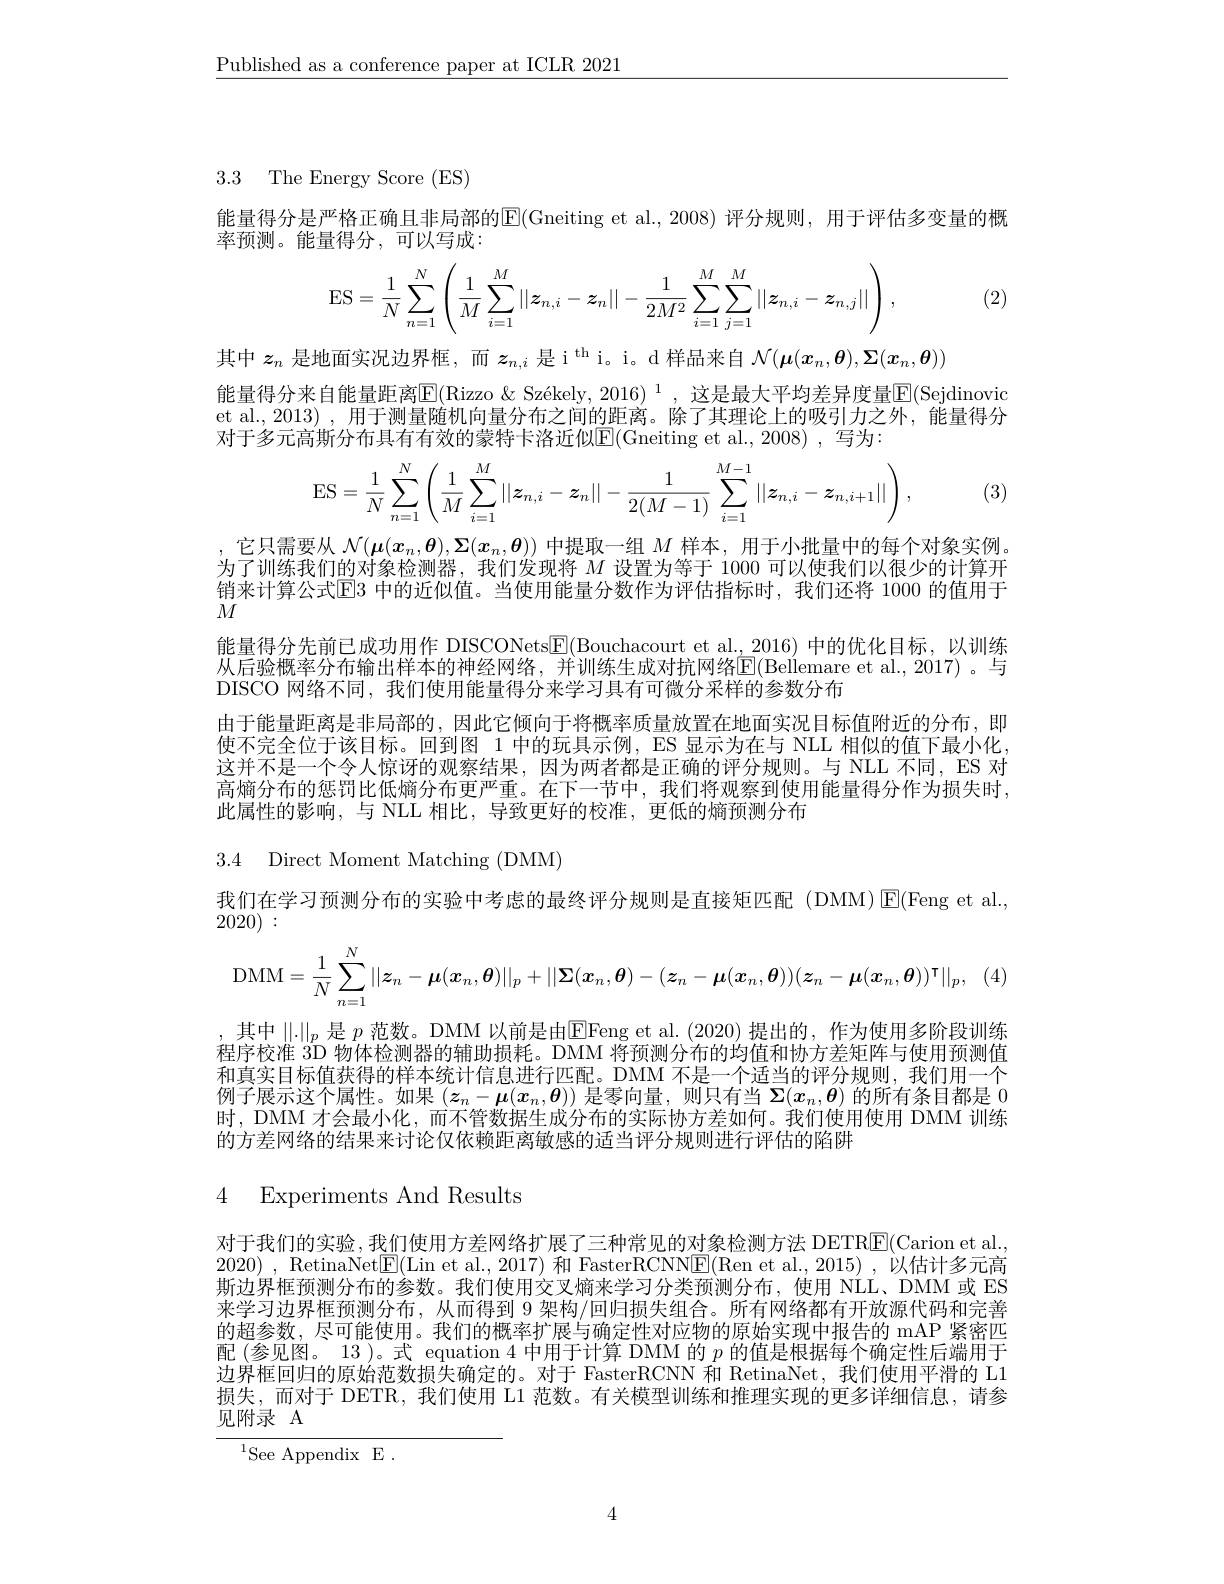
$\underline{\text{Published as a conference paper at ICLR 2021}}$

3.3 The Energy Score (ES)

能量得分是严格正确且非局部的$\mathbb{E}($Gneiting et al.,2008)评分规则，用于评估多变量的概
率预测。能量得分，可以写成：
$$\mathrm{ES}=\dfrac{1}{N}\sum\limits_{n=1}^N\left(\dfrac{1}{M}\sum\limits_{i=1}^M||\boldsymbol{z}_{n,i}-\boldsymbol{z}_n||-\dfrac{1}{2M^2}\sum\limits_{i=1}^M\sum\limits_{j=1}^M||\boldsymbol{z}_{n,i}-\boldsymbol{z}_{n,j}||\right),$$
(2)

其中$z_n$是地面实况边界框，而$z_{n,i}$是 i$^\mathrm{th}$ i。i。d 样品来自$\mathcal{N}(\boldsymbol{\mu}(x_n,\boldsymbol{\theta}),\boldsymbol{\Sigma}(x_n,\boldsymbol{\theta}))$
能量得分来自能量距离$\overline{\mathrm{E}}($Rizzo &Székely, 2016) $^1$, 这是最大平均差异度量$\overline{\mathrm{E}}($Sejdinovic et al., 2013) , 用于测量随机向量分布之间的距离。除了其理论上的吸引力之外，能量得分对于多元高斯分布具有有效的蒙特卡洛近似$\boxed{\mathrm{E}}($Gneiting et al.,2008) ,写为：

1, (3)
$$\mathrm E\mathrm S=\dfrac{1}{N}\sum\limits_{n=1}^N\left(\dfrac{1}{M}\sum\limits_{i=1}^M||z_{n,i}-z_n||-\dfrac{1}{2(M-1)}\sum\limits_{i=1}^{M-1}||z_{n,i}-z_{n,i+1}||\right),$$
销来计算公式$\overline{\mathrm{E}}$3 中的近似值。当使用能量分数作为评估指标时，我们还将 1000 的值用于
$M$

,它只需要从$\mathcal{N}(\boldsymbol{\mu}(x_n,\boldsymbol{\theta}),\boldsymbol{\Sigma}(x_n,\boldsymbol{\theta}))$中提取一组$M$样本，用于小批量中的每个对象实例。为了训练我们的对象检测器，我们发现将$M$设置为等于 1000 可以使我们以很少的计算开能量得分先前已成功用作 DISCONets$\underline{\mathrm{E}}($Bouchacourt et al.,2016)中的优化目标，以训练从后验概率分布输出样本的神经网络，并训练生成对抗网络$\boxed{\mathrm{E}}($Bellemare et al.,2017)。与DISCO 网络不同，我们使用能量得分来学习具有可微分采样的参数分布
由于能量距离是非局部的，因此它倾向于将概率质量放置在地面实况目标值附近的分布，即使不完全位于该目标。回到图 1 中的玩具示例，ES 显示为在与 NLL 相似的值下最小化， 这并不是一个令人惊讶的观察结果，因为两者都是正确的评分规则。与 NLL 不同，ES 对高熵分布的惩罚比低熵分布更严重。在下一节中，我们将观察到使用能量得分作为损失时， 此属性的影响，与 NLL 相比，导致更好的校准，更低的熵预测分布

3.4 Direct Moment Matching (DMM)

我们在学习预测分布的实验中考虑的最终评分规则是直接矩匹配(DMM)$\operatorname{E}(\operatorname{Feng}\operatorname{et}\operatorname{al}.$,
2020):
$$\mathrm{DMM}=\frac{1}{N}\sum_{n=1}^{N}||z_{n}-\boldsymbol{\mu}(\boldsymbol{x}_{n},\boldsymbol{\theta})||_{p}+||\boldsymbol{\Sigma}(\boldsymbol{x}_{n},\boldsymbol{\theta})-(\boldsymbol{z}_{n}-\boldsymbol{\mu}(\boldsymbol{x}_{n},\boldsymbol{\theta}))(\boldsymbol{z}_{n}-\boldsymbol{\mu}(\boldsymbol{x}_{n},\boldsymbol{\theta}))^{\mathsf{T}}||_{p},$$
其中$\|.\|_p$是$p$范数。DMM 以前是由$\overline{\mathrm{E}}$Feng et al.(2020)提出的，作为使用多阶段训练程序校准$\dot{\text{3D 物体检测器的辅助损耗。DMM 将预测分布的均值和协方差矩阵与使用预测值}}$ 和真实目标值获得的样本统计信息进行匹配。DMM 不是一个适当的评分规则，我们用一个例子展示这个属性。如果$(\boldsymbol z_n-\boldsymbol{\mu}(\boldsymbol{x}_n,\boldsymbol{\theta}))$是零向量，则只有当$\Sigma(x_n,\boldsymbol{\theta})$的所有条目都是 0时。DMM 才会最小化。而人管数据生成分布的实际协方差如何。我们使用使出 DMM 训练的方差网络的结果来讨论仅依赖距离敏感的适当评分规则进行评估的陷阱

4 Experiments And Results

对于我们的实验，我们使用方差网络扩展了三种常见的对象检测方法 DETR$\underline{\mathrm{E}}($Carion et al. 2020) , RetinaNet$\boxed{\mathrm{E}}($Lin et al., 2017) 和 FasterRCNN$\boxed{\mathrm{E}}($Ren et al., 2015) , 以估计多元高斯边界框预测分布的参数。我们使用交叉熵来学习分类预测分布，使用 NLL、DMM 或 ES 来学习边界框预测分布，从而得到 9 架构/回归损失组合。所有网络都有开放源代码和完善的超参数，尽可能使用。我们的概率扩展与确定性对应物的原始实现中报告的 mAP 紧密匹配(参见图。13)。式 equation 4 中用于计算 DMM 的$p$的值是根据每个确定性后端用于边界框回归的原始范数损失确定的。对于 FasterRCNN 和 RetinaNet, 我们使用平滑的 L1损失，而对于 DETR, 我们使用 L1 范数。有关模型训练和推理实现的更多详细信息，请参见附录 A
$^{1}$See AppendixE.